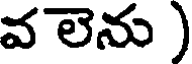
వ లెను )